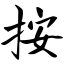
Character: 按